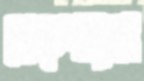
হোড়পাড়ার